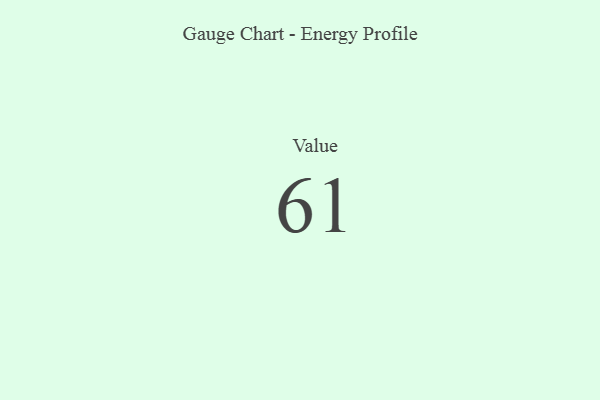
{"axis": {"x": "Metric", "y": "Value"}, "legend": [""], "data": [{"x": "Value", "y": 61, "type": ""}]}